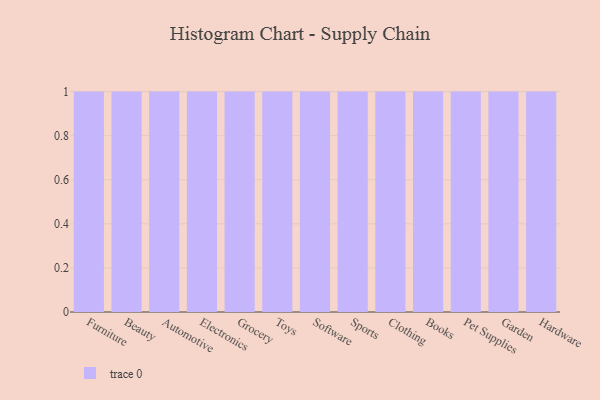
{"axis": {"x": "Category", "y": "Satisfaction Score"}, "legend": [""], "data": [{"x": "Furniture", "y": 85, "type": ""}, {"x": "Beauty", "y": 6, "type": ""}, {"x": "Automotive", "y": 55, "type": ""}, {"x": "Electronics", "y": 22, "type": ""}, {"x": "Grocery", "y": 14, "type": ""}, {"x": "Toys", "y": 80, "type": ""}, {"x": "Software", "y": 38, "type": ""}, {"x": "Sports", "y": 13, "type": ""}, {"x": "Clothing", "y": 35, "type": ""}, {"x": "Books", "y": 50, "type": ""}, {"x": "Pet Supplies", "y": 69, "type": ""}, {"x": "Garden", "y": 46, "type": ""}, {"x": "Hardware", "y": 73, "type": ""}]}